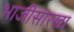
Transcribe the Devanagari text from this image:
भाजीसारखा